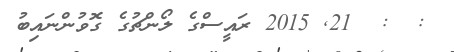
:  :  21